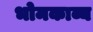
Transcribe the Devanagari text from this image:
भोमकाव्य